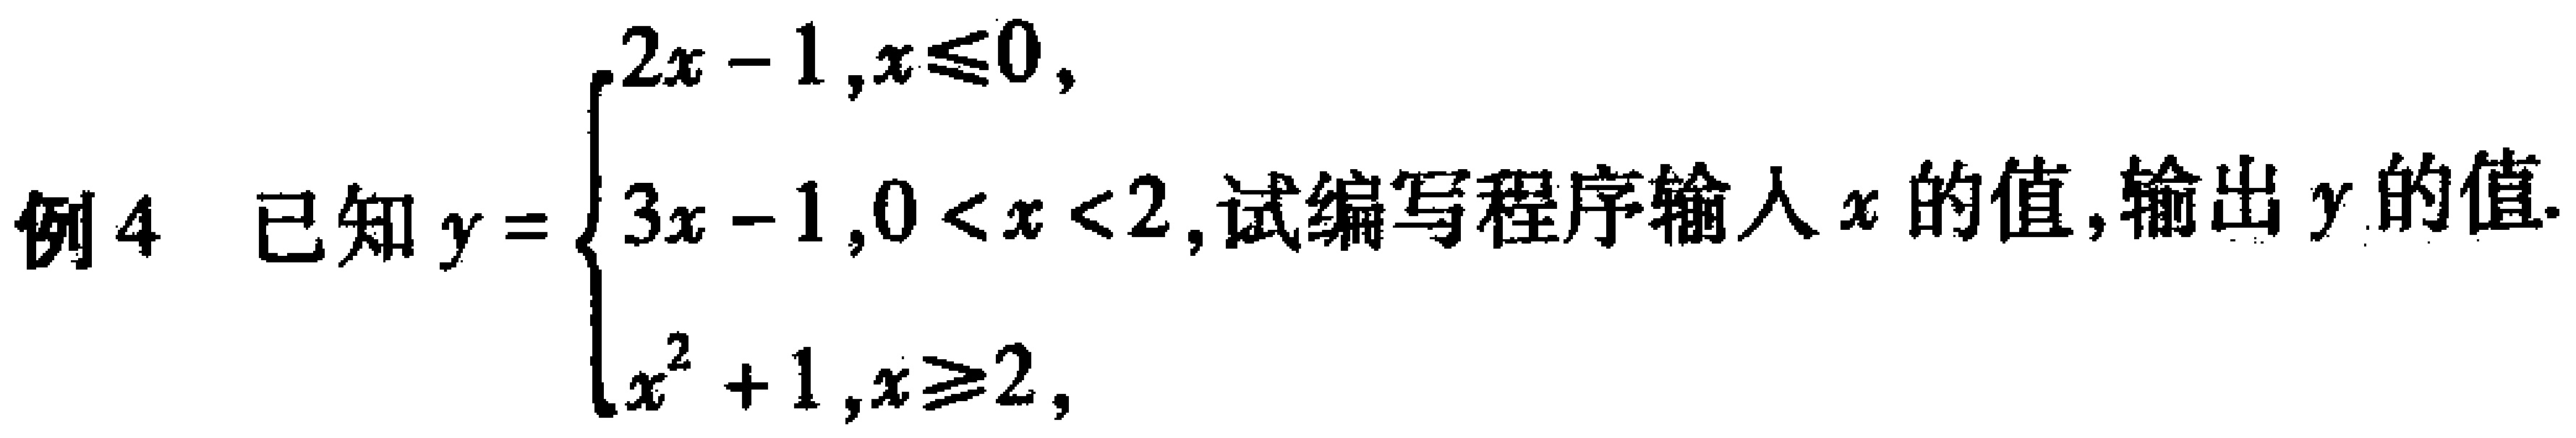
例4 已知\(y = \begin{cases}
2x - 1, & x\leq0, \\
3x - 1, & 0 < x < 2, \\
x^{2}+1, & x\geq2,
\end{cases}\)试编写程序输入\(x\)的值,输出\(y\)的值.